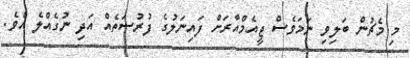
މި މެޗުން ބަލިވި ނަމަވެސް ޖީއެމްއާރަށް ފައިނަލުގެ ފުރުސަތެއް އަދި ނުގެއްލެ އެވެ.